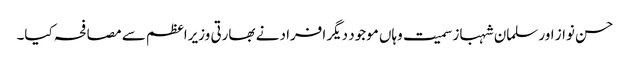
حسن نواز اور سلمان شہباز سمیت وہاں موجود دیگر افراد نے بھارتی وزیراعظم سے مصافحہ کیا۔